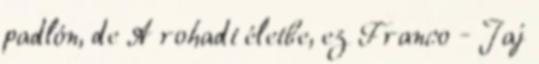
padlón, de A rohadt életbe, ez Franco - Jaj